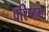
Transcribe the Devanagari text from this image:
वरिष्ठम्‌।